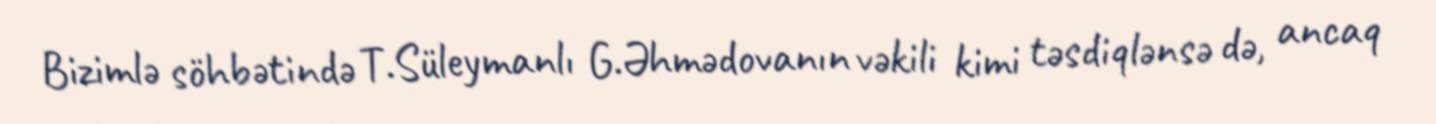
Bizimlə söhbətində T.Süleymanlı G.Əhmədovanın vəkili kimi təsdiqlənsə də, ancaq